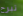
تبرح